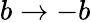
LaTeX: b\rightarrow-b